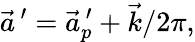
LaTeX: \vec{a}^{\, \prime}=\vec{a}_{p}^{\, \prime}+\vec{k}/2\pi,